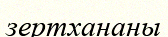
зертхананы